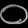
Digit: ၀